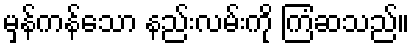
မှန်ကန်သော နည်းလမ်းကို ကြံဆသည်။